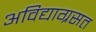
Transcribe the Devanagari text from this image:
अविद्याग्रसत